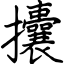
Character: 攮